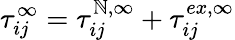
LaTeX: \tau_{ij}^{\infty}=\tau_{ij}^{\mathbb{N},\infty}+\tau_{ij}^{ex,\infty}